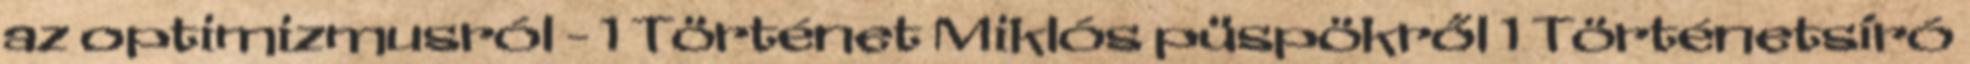
az optimizmusról - 1 Történet Miklós püspökről 1 Történetsíró